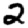
Digit: 2